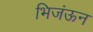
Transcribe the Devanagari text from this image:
भिजंऊन